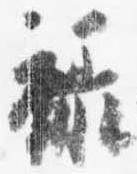
禄